Annual report of the Punjab Veterinary College and of the Civil Veterinary Department, Punjab - 1920-1925
Year: 1920
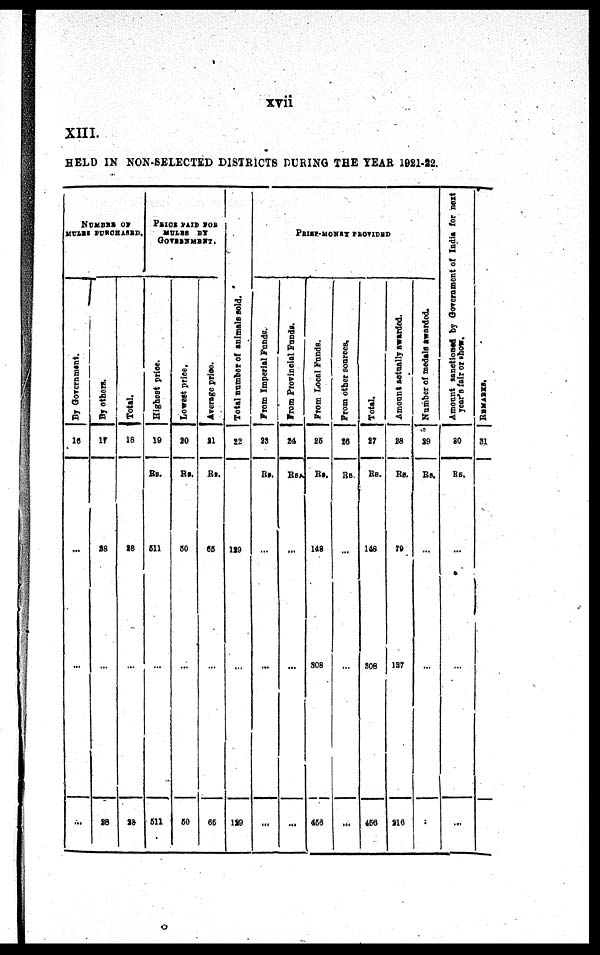
xvii
XIII.
HELD IN NON- SELECTED DISTRICTS DURING THE YEAR 1921-22.
NUMBER OF
MULES PURCHASED.
By Government.
16
...
...
...
By others.
17
28
...
28
Total.
18
28
...
28
PRICE PAID FOR
MULES BY
GOVERNMENT.
Highest price.
19
Rs.
511
...
511
Lo we s
t price.
20
Rs.
50
...
50
Average price.
21
Rs.
65
...
65
Total number of animals sold.
22
129
...
129
PRIZE-MONEY PROVIDED
From
Imperial Funds.
23
Rs.
...
...
...
From Provincial Funds.
24
Rs
...
...
...
From Local Funds.
25
Rs.
148
308
456
From other sources.
26
Rs.
...
...
...
Total.
27
Rs.
148
308
456
Amount actually awarded.
28
Rs.
79
137
216
Number of medals awarded.
29
Rs.
...
...
...
Amount sanctioned by Government of India for next
year' s fair or show.
30
Rs.
...
...
...
REMARKS.
31